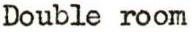
Double room